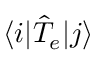
\langle i \vert \hat { T } _ { e } \vert j \rangle